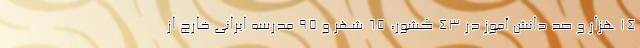
۱۴ هزار و صد دانش آموز در ۴۳ کشور، ۶۵ شهر و ۹۵ مدرسه ایرانی خارج از